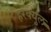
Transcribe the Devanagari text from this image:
हरक्युल